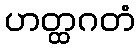
ဟတ္ထဂတံ